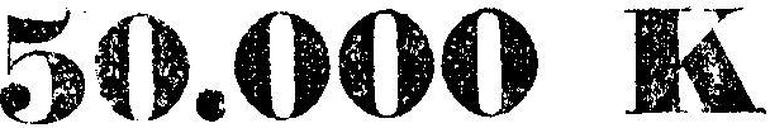
50.000 K